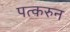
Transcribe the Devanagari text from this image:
पत्‍करुन